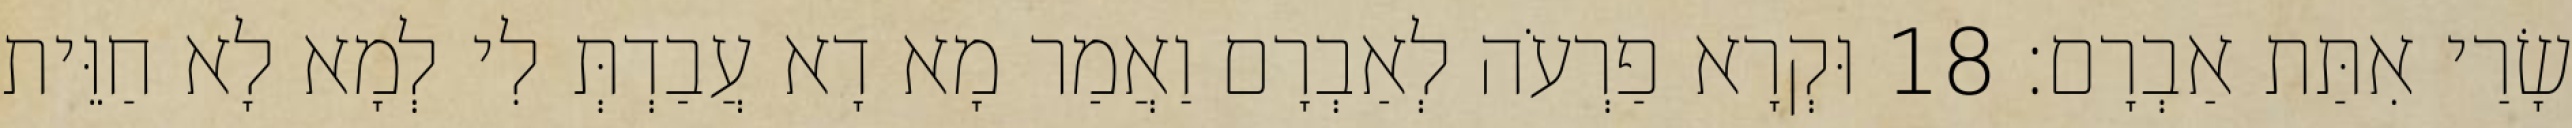
שָׂרַי אִתַּת אַבְרָם׃ 18 וּקְרָא פַרְעֹה לְאַבְרָם וַאֲמַר מָא דָא עֲבַדְתְּ לִי לְמָא לָא חַוֵּית